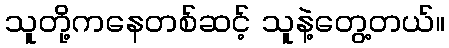
သူတို့ကနေတစ်ဆင့် သူနဲ့တွေ့တယ်။